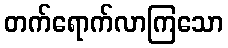
တက်ရောက်လာကြသော